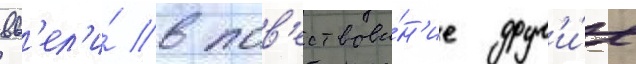
вв'ел'и́ в пов'ествова́н'ие друг'и́е